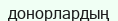
донорлардың